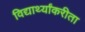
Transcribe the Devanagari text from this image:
विद्यार्थ्यांकरीता